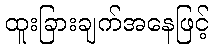
ထူးခြားချက်အနေဖြင့်